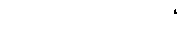
သတ်မှတ်ပေးထားပြီး